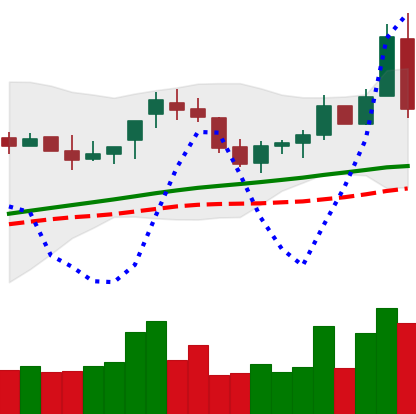
Ticker: BNB-USD
Chart end date: 2018-04-25
Forward return: 7.683%
Label: up_7plus